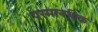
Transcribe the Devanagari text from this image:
परमानविक